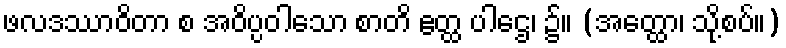
ဖလဒဿာဝိတာ စ အဝိပ္ပဝါသော စာတိ ဧတ္ထ ပါဌေ၊ ၌။ (အတ္ထော၊ သို့စပ်။)